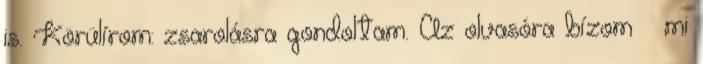
is. Körülírom: zsaro­lásra gondoltam. Az olvasóra bízom – mi